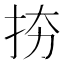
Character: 𢫉